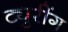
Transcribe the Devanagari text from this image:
ट्युरींग